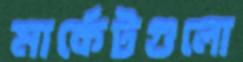
মার্কেটগুলো